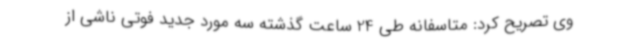
وی تصریح کرد: متاسفانه طی 24 ساعت گذشته سه مورد جدید فوتی ناشی از